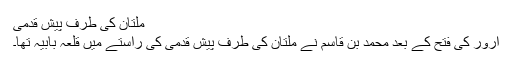
ملتان کی طرف پیش قدمی
ارور کی فتح کے بعد محمد بن قاسم نے ملتان کی طرف پیش قدمی کی راستے میں قلعہ بابیہ تھا۔